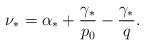
LaTeX: \begin{align*}\nu_* = \alpha_* +\frac{\gamma_*}{p_0} ‐ \frac{\gamma_*}{q}.\end{align*}